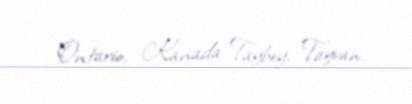
Ontario, Kanada Taybey, Tayvan.